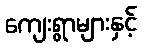
ကျေးရွာများနှင့်